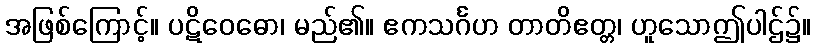
အဖြစ်ကြောင့်။ ပဋိဝေဓော၊ မည်၏။ ဧကသင်္ဂဟ တာတိဧတ္တ၊ ဟူသောဤပါဌ်၌။